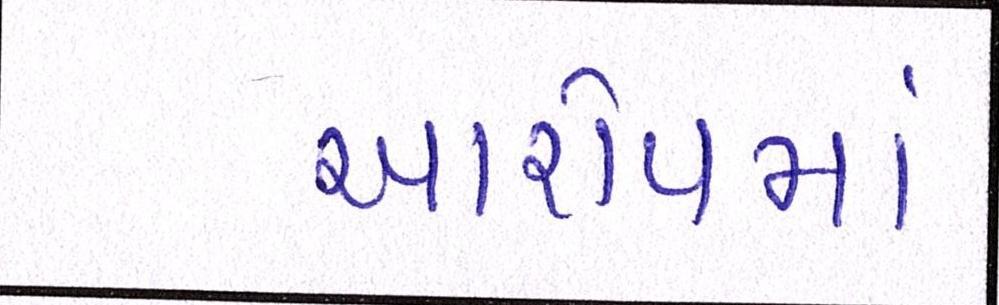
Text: આરોપમાં